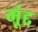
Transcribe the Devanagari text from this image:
मूंद्द